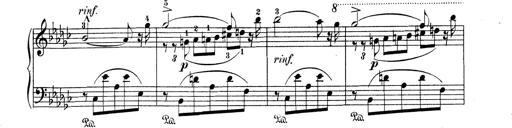
Title: 6 Polish Songs
Composer: Franz Liszt